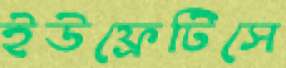
ইউফ্রেটিসে